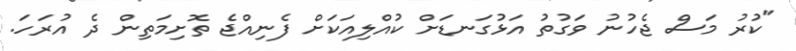
"ކުރު މަސް ޖެހުނު ވަގުތު އަޅުގަނޑަށް ކުއްލިއަކަށް ފެނިއްޖެ ތޮށިމަތިން ދެ އުރަހަ.